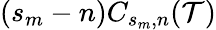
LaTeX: (s_{m}-n)C_{s_{m},n}(\mathcal{T})